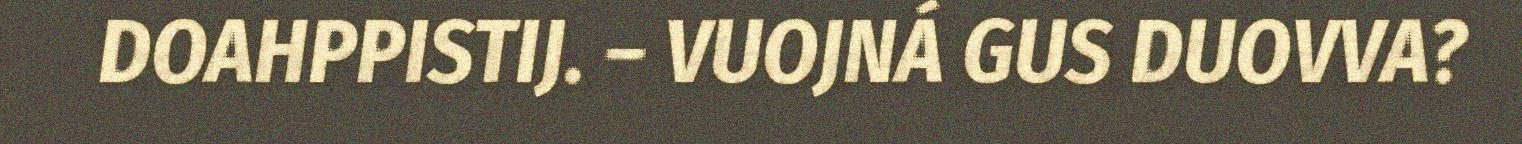
DOAHPPISTIJ. – VUOJNÁ GUS DUOVVA?